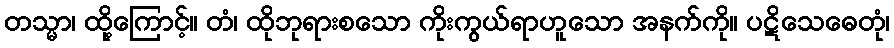
တသ္မာ၊ ထို့ကြောင့်။ တံ၊ ထိုဘုရားစသော ကိုးကွယ်ရာဟူသော အနက်ကို။ ပဋိသေဓေတုံ၊